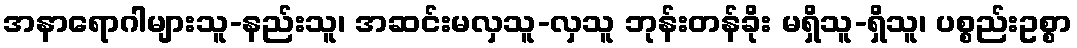
အနာရောဂါများသူ-နည်းသူ၊ အဆင်းမလှသူ-လှသူ ဘုန်းတန်ခိုး မရှိသူ-ရှိသူ၊ ပစ္စည်းဥစ္စာ